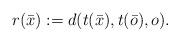
LaTeX: \begin{align*}r(\bar{x}):=d(t(\bar{x}),t(\bar{o}),o). \end{align*}